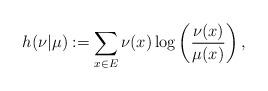
LaTeX: \begin{align*} h(\nu | \mu) := \sum_{x \in E}\nu(x) \log\left(\frac{\nu(x)}{\mu(x)}\right),\end{align*}